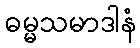
ဓမ္မသမာဒါနံ